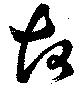
故